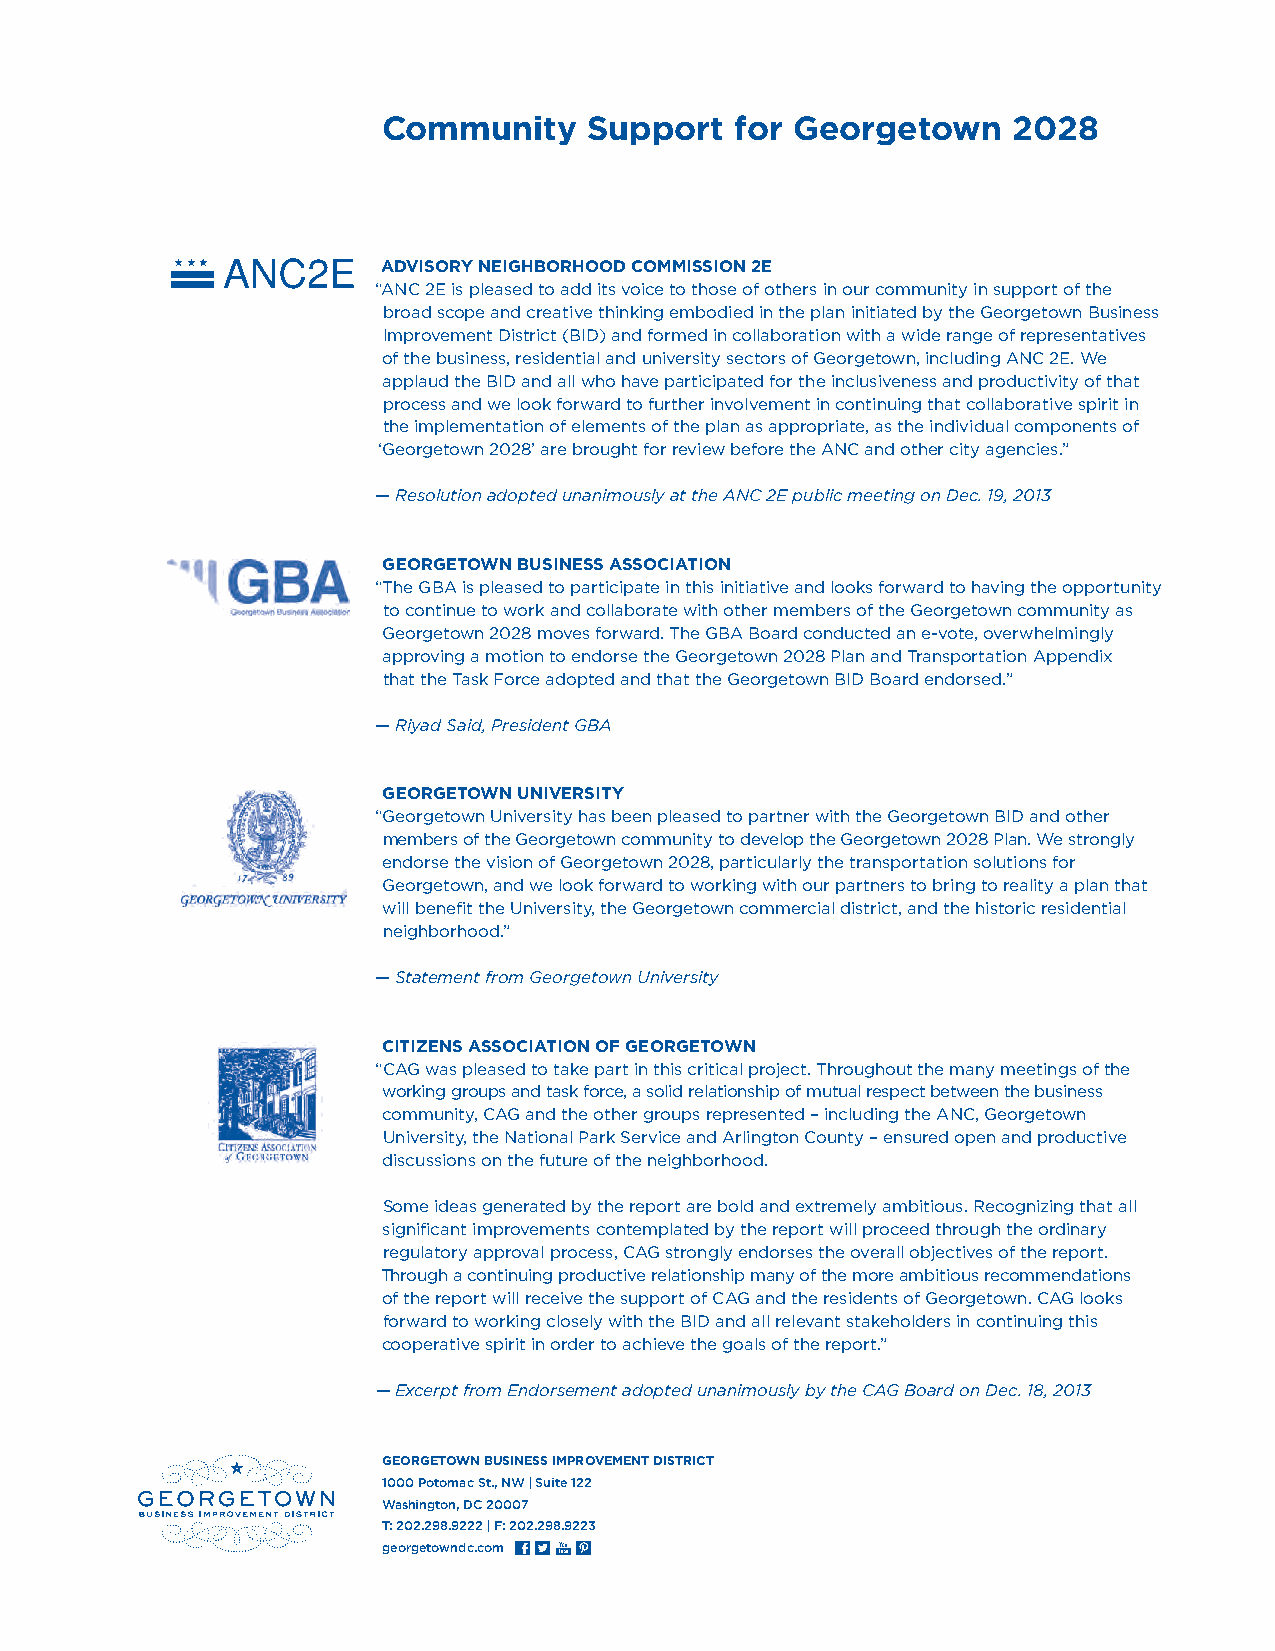
Community     Support   for Georgetown    2028
 ADVISORY NEIGHBORHOOD COMMISSION 2E
 “ANC 2E is pleased to add its voice to those of others in our community in support of the
 broad scope and creative thinking embodied in the plan initiated by the Georgetown Business
 Improvement District (BID) and formed in collaboration with a wide range of representatives
 of the business, residential and university sectors of Georgetown, including ANC 2E. We
 applaud the BID and all who have participated for the inclusiveness and productivity of that
 process and we look forward to further involvement in continuing that collaborative spirit in
 the implementation of elements of the plan as appropriate, as the individual components of
 ‘Georgetown 2028’ are brought for review before the ANC and other city agencies.”
 — Resolution adopted unanimously at the ANC 2E public meeting on Dec. 19, 2013
 GEORGETOWN BUSINESS ASSOCIATION
 “The GBA is pleased to participate in this initiative and looks forward to having the opportunity
 to continue to work and collaborate with other members of the Georgetown community as
 Georgetown 2028 moves forward. The GBA Board conducted an e-vote, overwhelmingly
 approving a motion to endorse the Georgetown 2028 Plan and Transportation Appendix
 that the Task Force adopted and that the Georgetown BID Board endorsed.”
 — Riyad Said, President GBA
 GEORGETOWN UNIVERSITY
 “Georgetown University has been pleased to partner with the Georgetown BID and other
 members of the Georgetown community to develop the Georgetown 2028 Plan. We strongly
 endorse the vision of Georgetown 2028, particularly the transportation solutions for
 Georgetown, and we look forward to working with our partners to bring to reality a plan that
 will benefit the University, the Georgetown commercial district, and the historic residential
 neighborhood.”
 — Statement from Georgetown University
 CITIZENS ASSOCIATION OF GEORGETOWN
 “CAG was pleased to take part in this critical project. Throughout the many meetings of the
 working groups and task force, a solid relationship of mutual respect between the business
 community, CAG and the other groups represented – including the ANC, Georgetown
 University, the National Park Service and Arlington County – ensured open and productive
 discussions on the future of the neighborhood.
 Some ideas generated by the report are bold and extremely ambitious. Recognizing that all
 significant improvements contemplated by the report will proceed through the ordinary
 regulatory approval process, CAG strongly endorses the overall objectives of the report.
 Through a continuing productive relationship many of the more ambitious recommendations
 of the report will receive the support of CAG and the residents of Georgetown. CAG looks
 forward to working closely with the BID and all relevant stakeholders in continuing this
 cooperative spirit in order to achieve the goals of the report.”
 — Excerpt from Endorsement adopted unanimously by the CAG Board on Dec. 18, 2013
 G EORGETOWN BUSINESS IMPROVEMENT DISTRICT
 1000 Potomac St., NW | Suite 122
 Washington, DC 20007
 T: 202.298.9222 | F: 202.298.9223
 georgetowndc.com